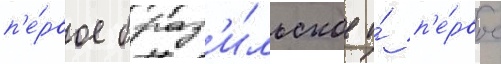
п'е́рвое браз'и́льское и́ п'е́рвое